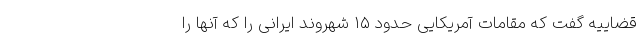
قضاییه گفت که مقامات آمریکایی حدود ۱۵ شهروند ایرانی را که آنها را